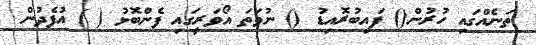
ތަނެއްގައި ހުރުން() ފައިބުރޮއިޑު () ނުވަތަ އޯވަރީގައި ފެންބޮޅު ( ) އުފެދުން